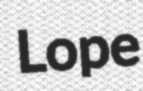
Lope